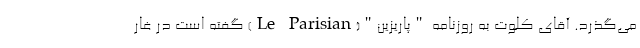
می‌گذرد. آقای کلوت به روزنامه "پاریزین"(Le Parisian) گفته است در غار